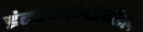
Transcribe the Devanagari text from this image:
इंटरकाँन्टीनेंटल